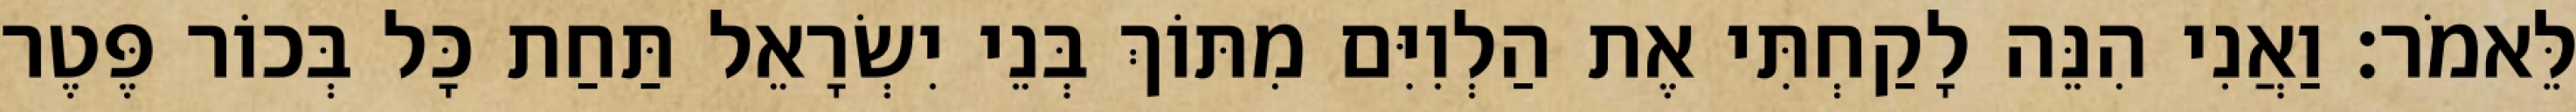
לֵּאמֹר׃ וַאֲנִי הִנֵּה לָקַחְתִּי אֶת הַלְוִיִּם מִתּוֹךְ בְּנֵי יִשְׂרָאֵל תַּחַת כָּל בְּכוֹר פֶּטֶר